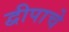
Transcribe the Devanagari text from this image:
द्वीपाचे